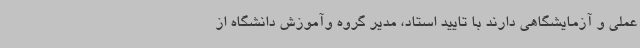
عملی و آزمایشگاهی دارند با تایید استاد، مدیر گروه وآموزش دانشگاه از